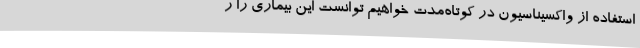
استفاده از واکسیناسیون در کوتاه‌مدت خواهیم توانست این بیماری را ر